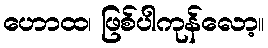
ဟောထ၊ ဖြစ်ပါကုန်လော့။